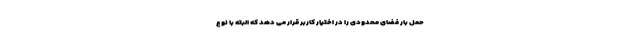
حمل بار فضای محدودی را در اختیار کاربر قرار می دهد که البته با نوع